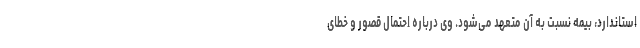
استاندارد، بیمه نسبت به آن متعهد می‌شود. وی درباره احتمال قصور و خطای